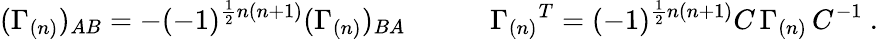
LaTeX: (\Gamma_{(n)})_{AB}=-(-1)^{\frac{1}{2}n(n+1)}(\Gamma_{(n)})_{BA}\qquad\quad\Gamma_{(n)}{}^{T}=(-1)^{\frac{1}{2}n(n+1)}C\, \Gamma_{(n)}\, C^{-1}\ .